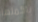
باكملها